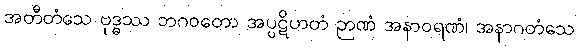
အတီတံသေ ဗုဒ္ဓဿ ဘဂဝတော အပ္ပဋိဟတံ ဉာဏံ အနာဝရဏံ၊ အနာဂတံသေ